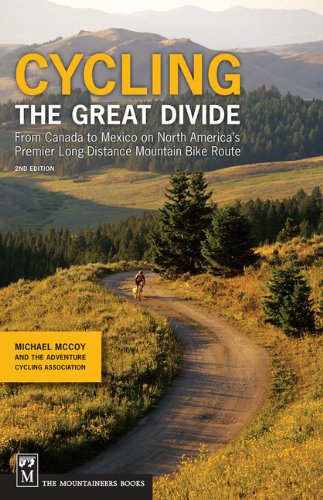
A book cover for Cycling the Great Divide; Michael McCoy; Sports & Outdoors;